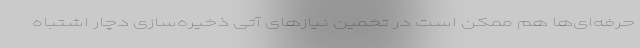
حرفه‌ای‌ها هم ممکن است در تخمین نیازهای آتی ذخیره‌سازی دچار اشتباه